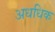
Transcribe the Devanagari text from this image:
अधधिक